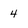
Character: 4